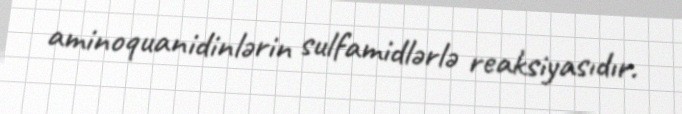
aminoquanidinlərin sulfamidlərlə reaksiyasıdır.